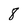
Character: 8